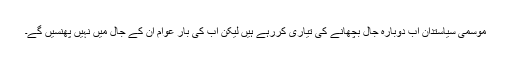
موسمی سیاستدان اب دوبارہ جال بچھانے کی تیاری کررہے ہیں لیکن اب کی بار عوام ان کے جال میں نہیں پھنسیں گے۔